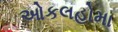
ઓકલહોમા